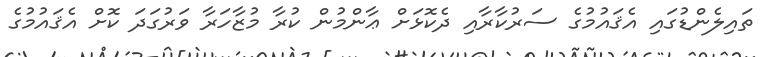
ތައިލެންޑުގައި އެޤައުމުގެ ސަރުކާރާއި ދެކޮޅަށް ޢާންމުން ކުރާ މުޒާހަރާ ވަރުގަދަ ކޮށް އެޤައުމުގެ